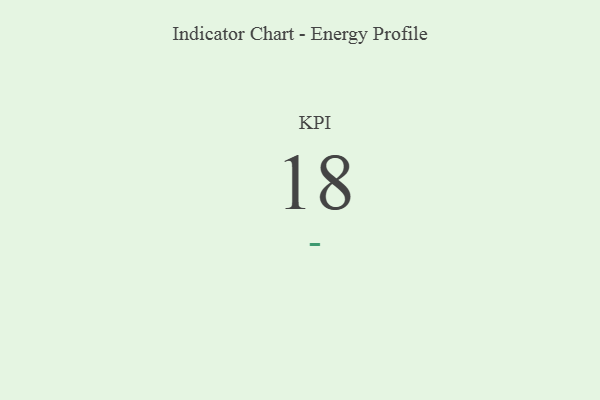
{"axis": {"x": "KPI", "y": "Value"}, "legend": [""], "data": [{"x": "KPI", "y": 18, "type": ""}]}